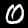
Digit: 0